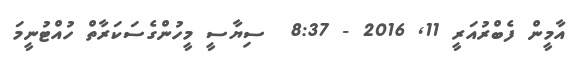
އާމީން ފެބްރުއަރީ 11